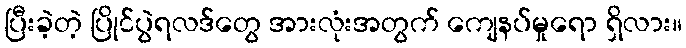
ပြီးခဲ့တဲ့ ပြိုင်ပွဲရလဒ်တွေ အားလုံးအတွက် ကျေနပ်မှုရော ရှိလား။